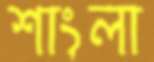
শাংলা